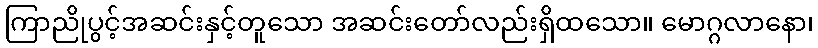
ကြာညိုပွင့်အဆင်းနှင့်တူသော အဆင်းတော်လည်းရှိထသော။ မောဂ္ဂလာနော၊